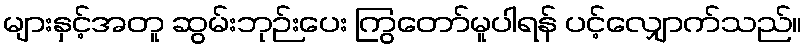
များနှင့်အတူ ဆွမ်းဘုဉ်းပေး ကြွတော်မူပါရန် ပင့်လျှောက်သည်။